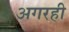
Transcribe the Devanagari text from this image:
अगरही